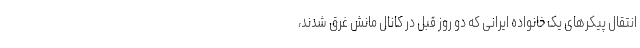
انتقال پیکرهای یک خانواده ایرانی که دو روز قبل در کانال مانش غرق شدند،